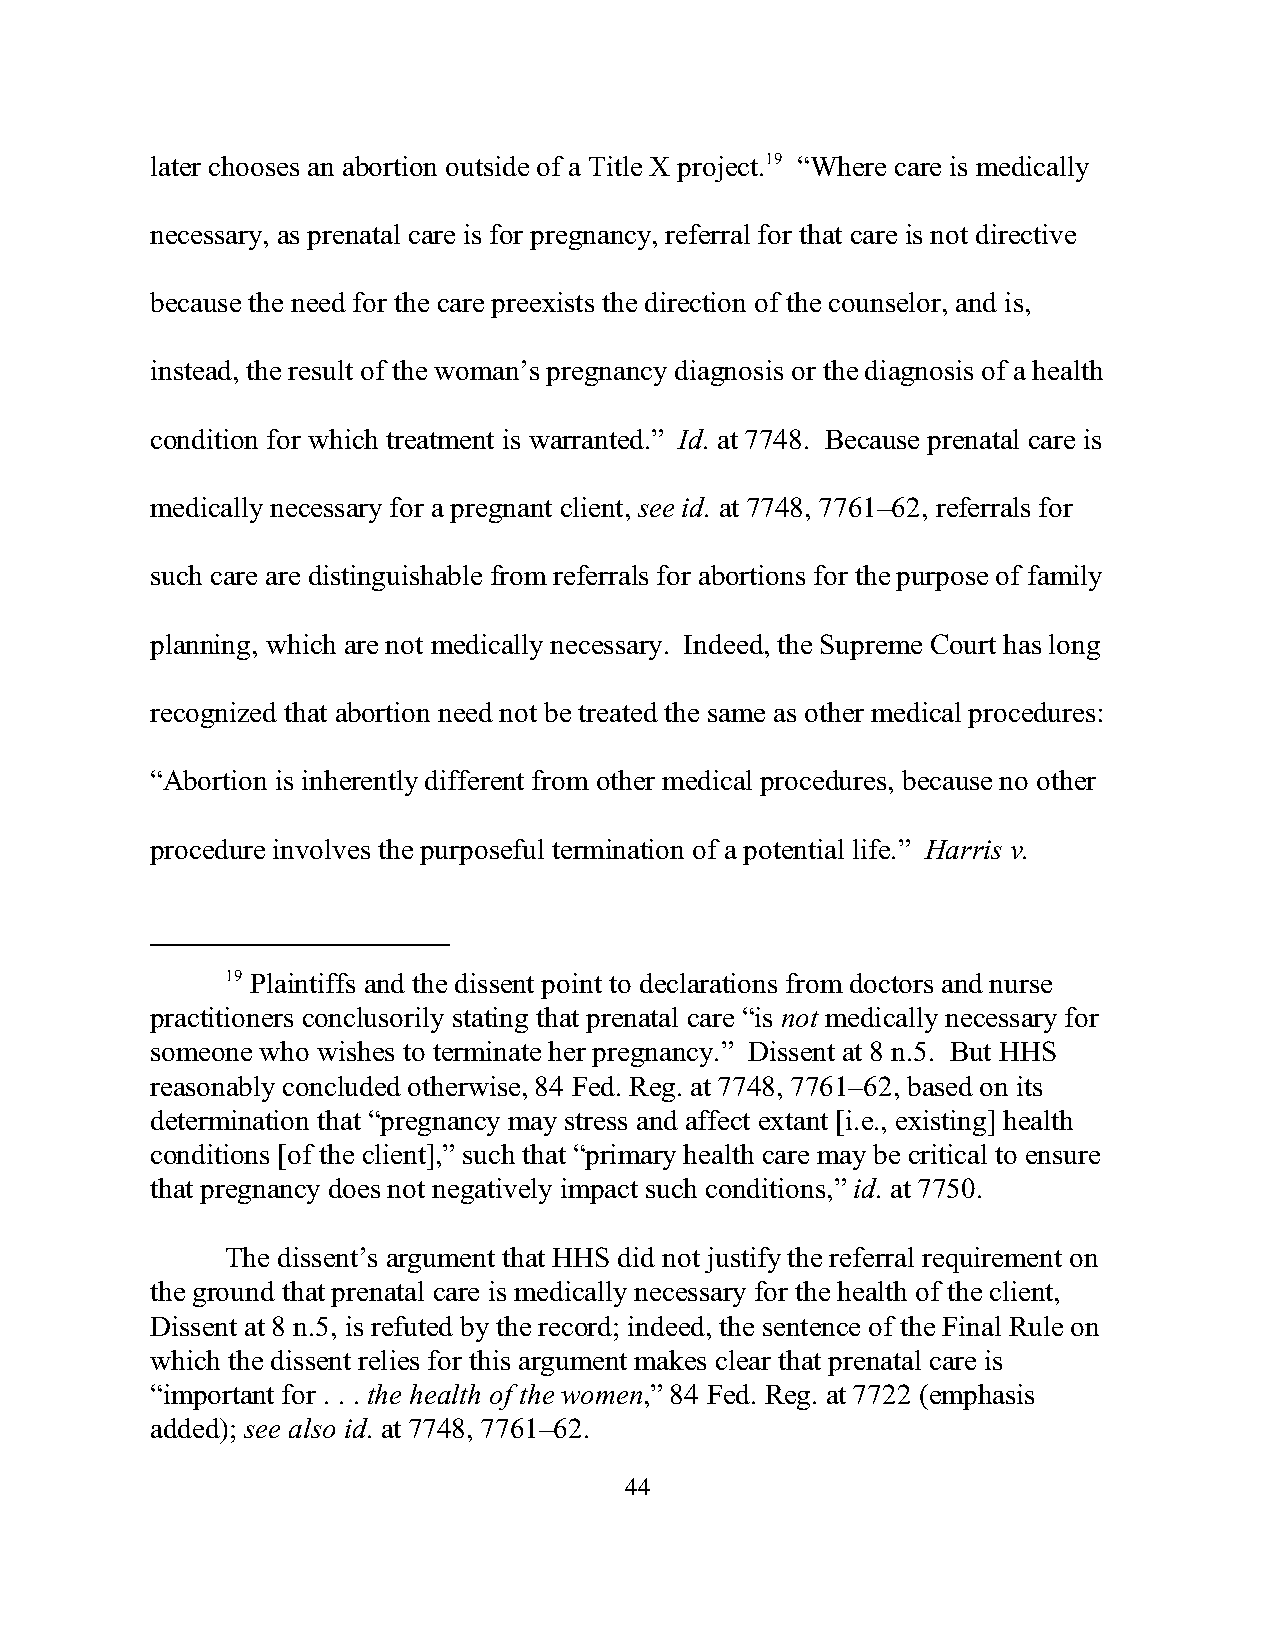
later chooses an abortion outside of a Title X project.19 “Where care is medically
 necessary, as prenatal care is for pregnancy, referral for that care is not directive
 because the need for the care preexists the direction of the counselor, and is,
 instead, the result of the woman’s pregnancy diagnosis or the diagnosis of a health
 condition for which treatment is warranted.” Id. at 7748. Because prenatal care is
 medically necessary for a pregnant client, see id. at 7748, 7761–62, referrals for
 such care are distinguishable from referrals for abortions for the purpose of family
 planning, which are not medically necessary. Indeed, the Supreme Court has long
 recognized that abortion need not be treated the same as other medical procedures:
 “Abortion is inherently different from other medical procedures, because no other
 procedure involves the purposeful termination of a potential life.” Harris v.
 19 Plaintiffs and the dissent point to declarations from doctors and nurse
 practitioners conclusorily stating that prenatal care “is not medically necessary for
 someone who wishes to terminate her pregnancy.” Dissent at 8 n.5. But HHS
 reasonably concluded otherwise, 84 Fed. Reg. at 7748, 7761–62, based on its
 determination that “pregnancy may stress and affect extant [i.e., existing] health
 conditions [of the client],” such that “primary health care may be critical to ensure
 that pregnancy does not negatively impact such conditions,” id. at 7750.
 The dissent’s argument that HHS did not justify the referral requirement on
 the ground that prenatal care is medically necessary for the health of the client,
 Dissent at 8 n.5, is refuted by the record; indeed, the sentence of the Final Rule on
 which the dissent relies for this argument makes clear that prenatal care is
 “important for . . . the health of the women,” 84 Fed. Reg. at 7722 (emphasis
 added); see also id. at 7748, 7761–62.
 44